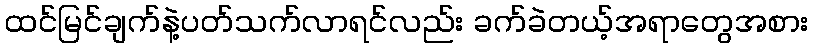
ထင်မြင်ချက်နဲ့ပတ်သက်လာရင်လည်း ခက်ခဲတယ့်အရာတွေအစား